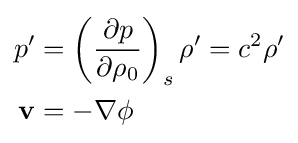
{\begin{aligned}p'&=\left({\frac {\partial p}{\partial \rho _{0}}}\right)_{s}\rho '=c^{2}\rho '\\\mathbf {v} &=-\nabla \phi \end{aligned}}